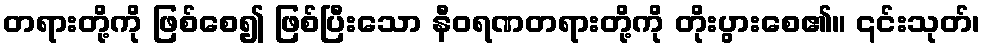
တရားတို့ကို ဖြစ်စေ၍ ဖြစ်ပြီးသော နီဝရဏတရားတို့ကို တိုးပွားစေ၏။ ၎င်းသုတ်၊